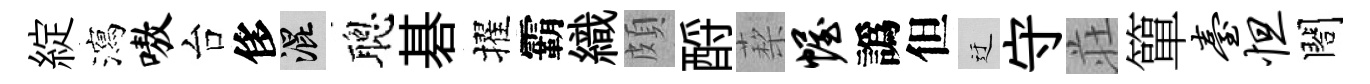
綻瀉嗷台侈混聰碁擢霸織頗酹蔾幄譌但迂守荘簞台怛閤